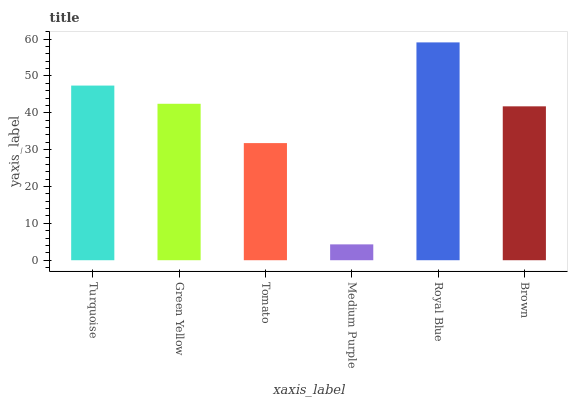
| xaxis_label | bars |
 | --- | --- |
 | Turquoise | 47.4 |
 | Green Yellow | 42.4 |
 | Tomato | 31.8 |
 | Medium Purple | 4.3 |
 | Royal Blue | 59.1 |
 | Brown | 41.7 |